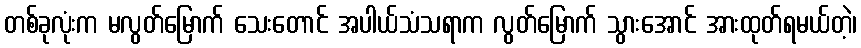
တစ်ခုလုံးက မလွတ်မြောက် သေးတောင် အပါယ်သံသရာက လွတ်မြောက် သွားအောင် အားထုတ်ရမယ်တဲ့၊